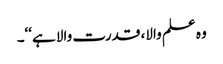
وہ علم والا، قدرت والا ہے‘‘۔